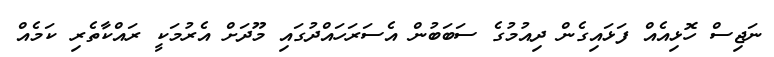
ނަޖިސް ހޮޅިއެއް ފަޅައިގެން ދިއުމުގެ ސަބަބުން އެސަރަހައްދުގައި މޫދަށް އެރުމަކީ ރައްކާތެރި ކަމެއް